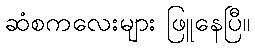
ဆံစကလေးများ ဖြူနေပြီ။